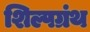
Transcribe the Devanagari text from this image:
शिल्पग्रंथ